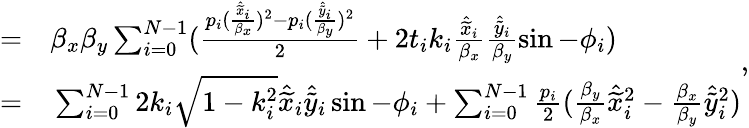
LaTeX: \begin{array}{rl}{=}&{{}\beta_{x}\beta_{y}\sum_{i=0}^{N-1}(\frac{p_{i}(\frac{\hat{\widetilde{x}}_{i}}{\beta_{x}})^{2}-p_{i}(\frac{\hat{\widetilde{y}}_{i}}{\beta_{y}})^{2}}{2}+2t_{i}k_{i}\frac{\hat{\widetilde{x}}_{i}}{\beta_{x}}\frac{\hat{\widetilde{y}}_{i}}{\beta_{y}}\sin-\phi_{i})}\\ {=}&{{}\sum_{i=0}^{N-1}2k_{i}\sqrt{1-k_{i}^{2}}\hat{\widetilde{x}}_{i}\hat{\widetilde{y}}_{i}\sin-\phi_{i}+\sum_{i=0}^{N-1}\frac{p_{i}}{2}(\frac{\beta_{y}}{\beta_{x}}\hat{\widetilde{x}}_{i}^{2}-\frac{\beta_{x}}{\beta_{y}}\hat{\widetilde{y}}_{i}^{2})}\end{array},